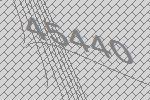
45440